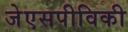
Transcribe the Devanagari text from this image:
जेएसपीविकी